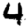
Digit: 4